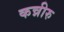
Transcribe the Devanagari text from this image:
कन्नीरु